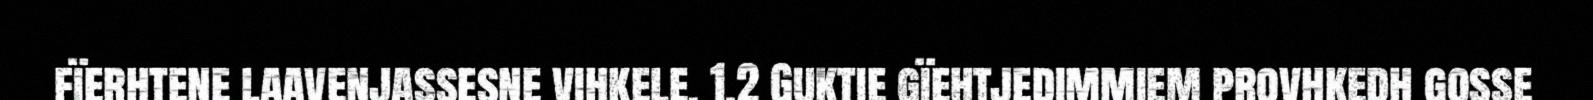
fïerhtene laavenjassesne vihkele. 1.2 Guktie gïehtjedimmiem provhkedh gosse